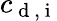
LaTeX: c_{\mathrm{~d~},\mathrm{~i~}}